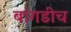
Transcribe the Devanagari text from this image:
बांगडीच